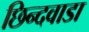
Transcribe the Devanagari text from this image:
छिन्दवाडा